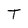
Character: T